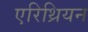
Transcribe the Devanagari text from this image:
एरिथ्रियन